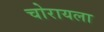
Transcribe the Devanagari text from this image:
चोरायला